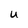
Character: U